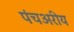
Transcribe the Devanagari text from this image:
पंचअरीय